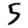
Digit: 5